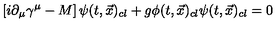
\left[ i \partial _ { \mu } \gamma ^ { \mu } - M \right] \psi ( t , { \vec { x } } ) _ { c l } + g \phi ( t , { \vec { x } } ) _ { c l } \psi ( t , { \vec { x } } ) _ { c l } = 0